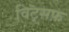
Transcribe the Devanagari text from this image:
विट्सफ़